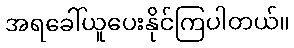
အရခေါ်ယူပေးနိုင်ကြပါတယ်။